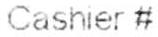
CASHIER #